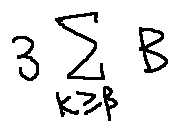
3 \sum \limits _ { k \geq \beta } B